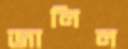
জালিল